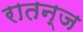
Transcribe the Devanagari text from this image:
रातन्ज